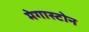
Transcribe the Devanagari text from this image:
मेगास्टोन